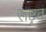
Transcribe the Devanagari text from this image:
राष्ट्रत